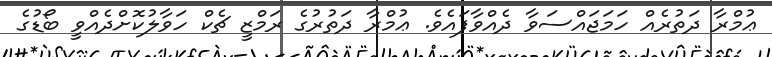
ޢުމްރާ ދަތުރެއް ހަމަޖައްސަވާ ދެއްވާފައެވެ. ޢުމްރާ ދަތުރުގެ ރަމްޒީ ޗެކް ހަވާލުކޮށްދެއްވީ ބޯޑުގެ